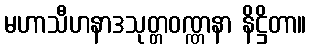
မဟာသီဟနာဒသုတ္တဝဏ္ဏနာ နိဋ္ဌိတာ။